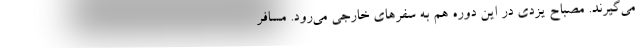
می‌گیرند. مصباح یزدی در این دوره هم به سفرهای خارجی می‌رود. مسافر